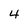
Character: 4